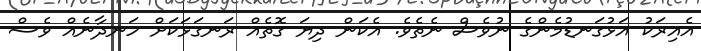
އެއިރަކު އަޅުގަނޑުމެންގެ ނުވެސް ނެތެވެ. އެކަން ދިޔަ ގޮތެއް ރަނގަޅަކަށް ހަނދާނެއް ވެސް